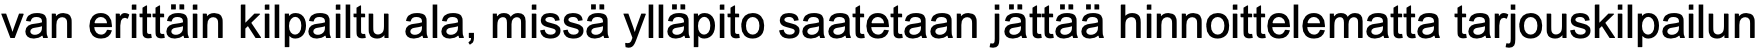
van erittäin kilpailtu ala, missä ylläpito saatetaan jättää hinnoittelematta tarjouskilpailun